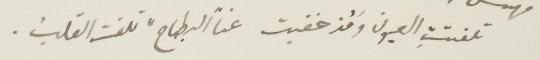
تلتفت العيون ومذ خفيت عن البطاح، تلفت القلب.